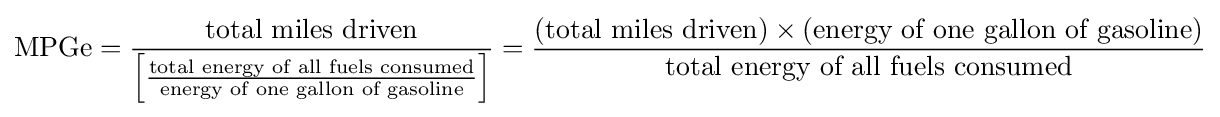
{\text{MPGe}}={\frac {\text{total miles driven}}{\left[{\frac {\text{total energy of all fuels consumed}}{\text{energy of one gallon of gasoline}}}\right]}}={\frac {({\text{total miles driven}})\times ({\text{energy of one gallon of gasoline}})}{\text{total energy of all fuels consumed}}}